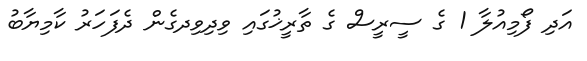
އަދި ފޯމިއުލާ 1 ގެ ސީރީސް ގެ ތާރީޚުގައި ވިދިވިދގެން ދެފަހަރު ކާމިޔާބު